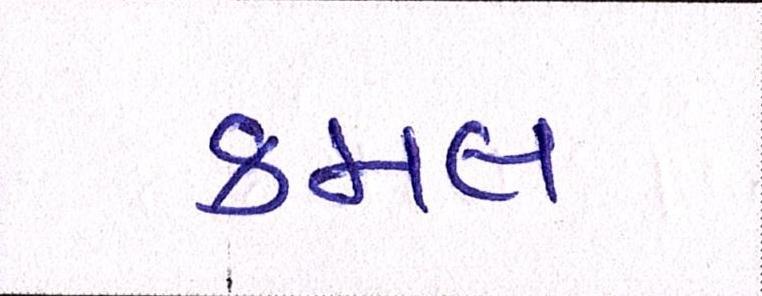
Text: કમલ